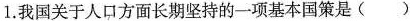
1.我国关于人口方面长期坚持的一项基本国策是( )